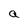
Character: a